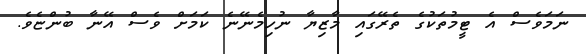
ނަމަވެސް އެ ޓީމުތަކުގެ ތެރޭގައި މާޒިޔާ ނުހިމެނޭނެ ކަމަށް ވެސް އޭނާ ބުންޏެވެ.